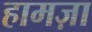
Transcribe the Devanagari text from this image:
हामज़ा